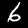
Label: 6